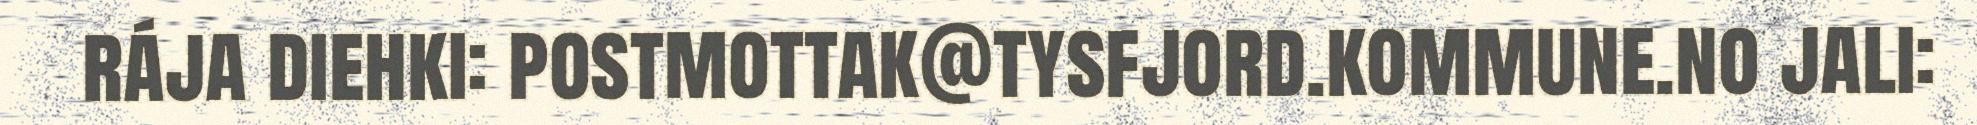
rája diehki: postmottak@tysfjord.kommune.no jali: